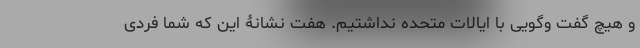
و هیچ گفت وگویی با ایالات متحده نداشتیم. هفت نشانۀ این که شما فردی